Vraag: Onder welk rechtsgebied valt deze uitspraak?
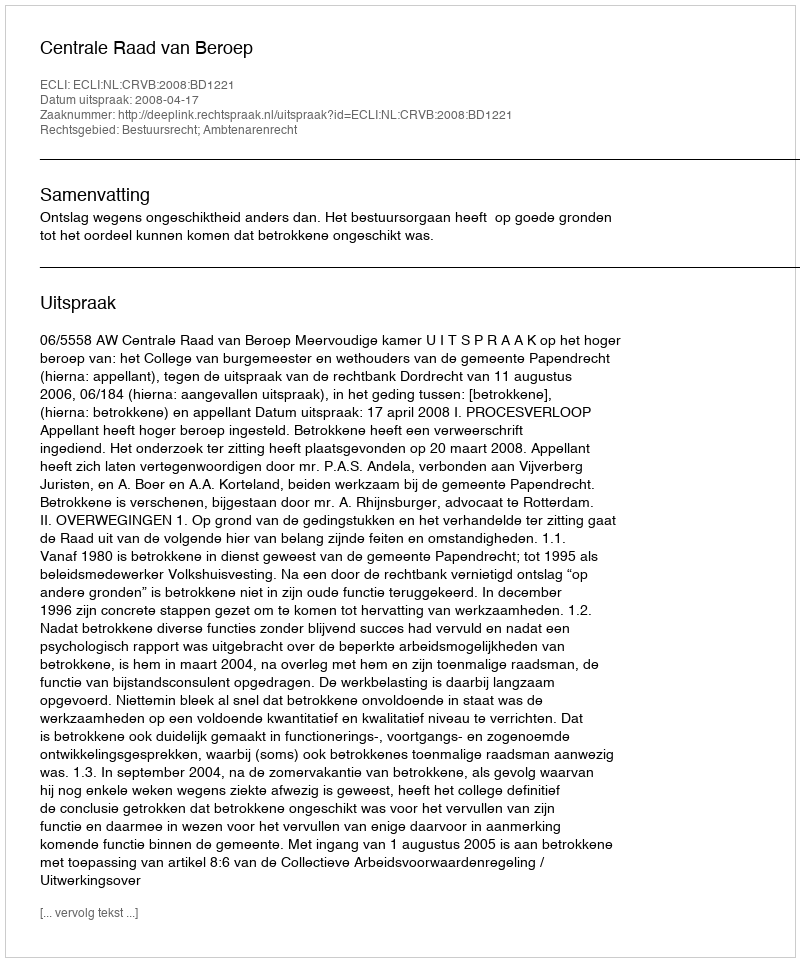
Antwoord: Bestuursrecht; Ambtenarenrecht